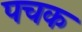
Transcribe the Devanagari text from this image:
पचक